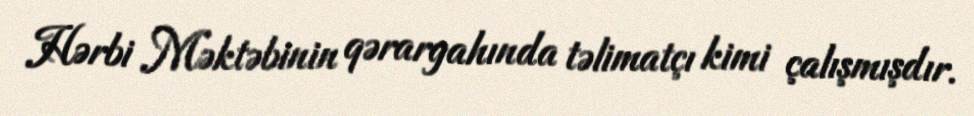
Hərbi Məktəbinin qərargahında təlimatçı kimi çalışmışdır.